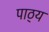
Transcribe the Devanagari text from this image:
पाठ्‌य